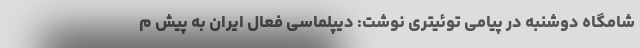
شامگاه دوشنبه در پیامی توئیتری نوشت: دیپلماسی فعال ایران به پیش م